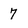
Character: 7